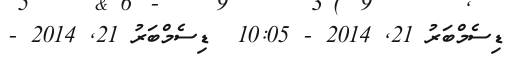
ޑިސެމްބަރު 21